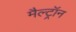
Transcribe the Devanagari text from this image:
मैल्ट्रॉन